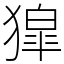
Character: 獔